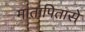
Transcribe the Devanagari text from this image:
मातापितासे